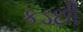
કડછી